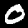
Label: 0